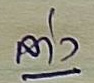
ล่าง